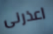
اعذرنى